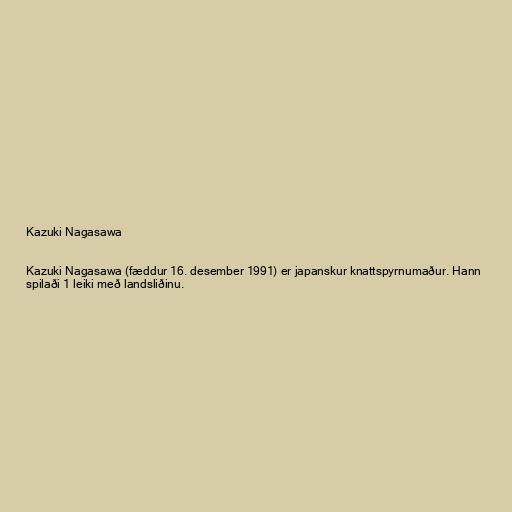
Kazuki Nagasawa

Kazuki Nagasawa (fæddur 16. desember 1991) er japanskur knattspyrnumaður. Hann
spilaði 1 leiki með landsliðinu.